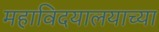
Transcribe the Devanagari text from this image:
महाविदयालयाच्या